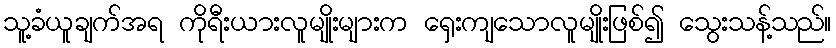
သူ့ခံယူချက်အရ ကိုရီးယားလူမျိုးများက ရှေးကျသောလူမျိုးဖြစ်၍ သွေးသန့်သည်။